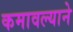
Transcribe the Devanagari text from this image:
कमावल्याने